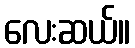
လေးဆယ်။